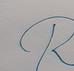
Signature authenticity: forged